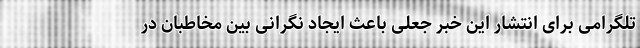
تلگرامی برای انتشار این خبر جعلی باعث ایجاد نگرانی بین مخاطبان در